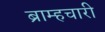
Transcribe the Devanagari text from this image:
ब्राम्हचारी